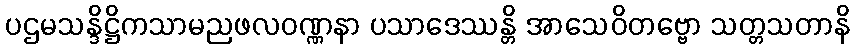
ပဌမသန္ဒိဋ္ဌိကသာမညဖလဝဏ္ဏနာ ပသာဒေဿန္တိ အာသေဝိတဗ္ဗော သတ္တသတာနိ